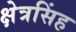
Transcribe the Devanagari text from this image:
क्षेत्रसिंह